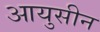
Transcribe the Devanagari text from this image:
आयुसीन